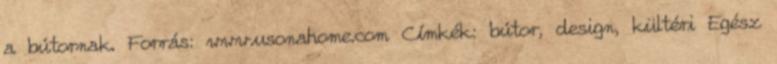
a bútornak. Forrás: www.usonahome.com Címkék: bútor, design, kültéri Egész